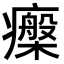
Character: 𤻧